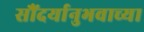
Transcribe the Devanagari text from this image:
सौंदर्यानुभवाच्या